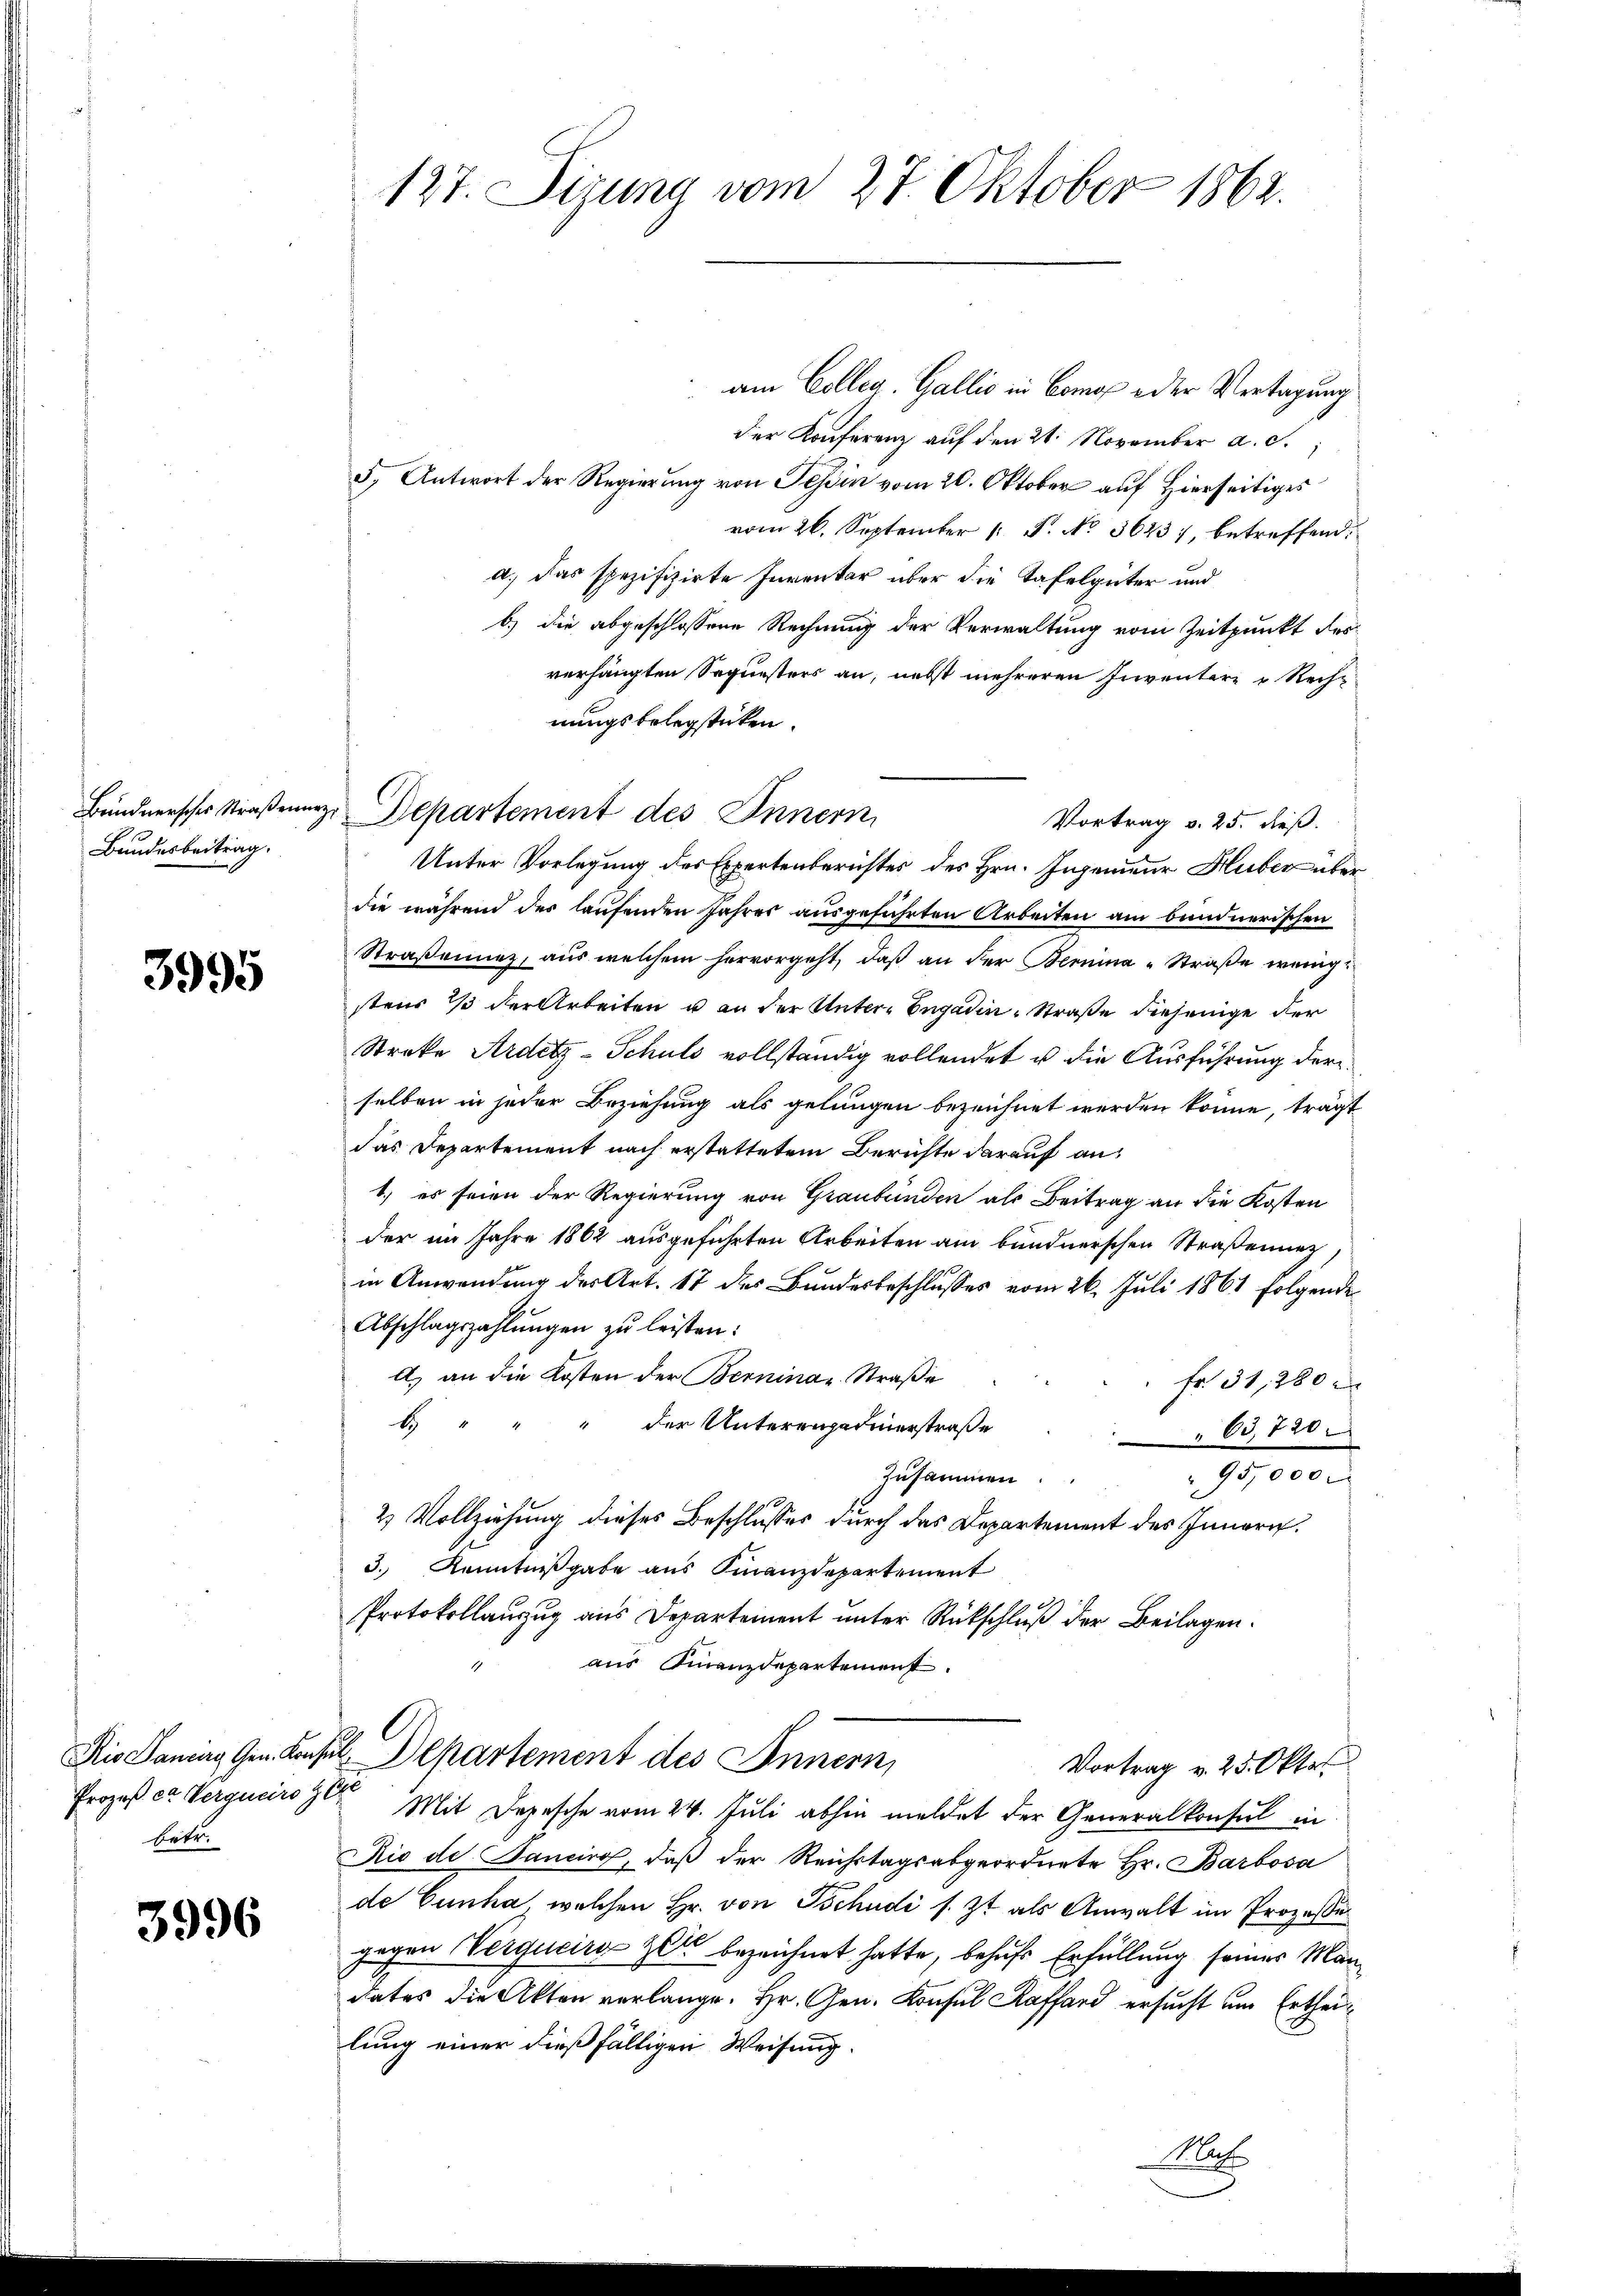
Bündnersches Straßenne
Bundesbeitrag.

3995

Rio Saniirg Gen. Konst
Prozeß er Vergners ge
betr.

3996

127. Sizung vom 27. Oktober 1862.

am Colleg. Gallis in Como e der Vertagung
der Konferenz auf den 21. November a. c.
5, Antwort der Regierung von Tessin vom 20. Oktober auf Hierseitiges
vom 26. September 1. P. No. 3623, betreffend.
a.) das spezifizirte Inventar über die Tafelgüter und
b.) die abgeschlossene Rechnung der Verwaltung vom Zeitpunkt droverhängten Soguesters an, nebst mehreren Inventere Rechnungsbelegsticken.
Vortrag v. 25. dieß.
Unter Vorlegung des Expertenberichtes des Hrn. Ingenieur Huber über
die während der laufenden Jahres ausgeführten Arbeiten am bundnerischen
Straßenunz, aus welchem hervorgeht, daß an der Bernina Straße wenig
steur es der Arbeiten u an der Unter-Engadin-Straße diejenige der
Streke Ardetz-Schuld vollständig vollendet u die Ausführung der
selben in jeder Beziehung als gelungen bezeichnet werden könne, trägt
das Departement nach erstattetem Berichte darauf an,
1.) es seien der Regierung von Graubünden als Beitrag an die Kosten
der im Jahre 1862 ausgeführten Arbeiten am bundnerschen Straßenunz
in Anwendung des Art. 17 des Bundesbeschlusses vom 26. Juli 1861 folgende
Abschlagszahlŭngen zŭ leisten:
A. an die Kosten der Bernina Straße
fr. 31, 280
b
der Unterengedenerstraße 63,720
Zusammen. " " 95,000.
2 Vollziehung dieses Beschlusses durch das Departement des Innern.
3. Kenntnißgabe aus Finanzdepartement
Protokollauszug aus Departement unter Rückschluß der Beilagen.
aus Finanzdepartement.
I. Departement des Innern,
Vortrag v. 25. Oktob
Ge
Mit Depesche vom 24. Juli abhin meldet der Generalkonsul in
Rio de Sanciro, daß der Reichstagsabgeordnete Hr. Barbosa
de Cunha, welchen Hr. von Tschudi s. Zt als Anwalt im Prozeße
gegen Verqueirg Zeit bezeichnet hatte, behufs Erfüllung seiner Mandates die Akten verlange. Hr. Gen. Konsul Raffard ersucht um Ertheilung einer dießfälligen Weisung.

u Departement des Innern,

Nach